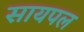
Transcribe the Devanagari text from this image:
सायपल